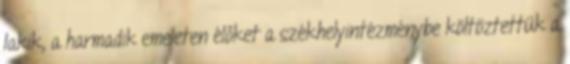
lakik, a harmadik emeleten élőket a székhelyintézménybe költöztettük a